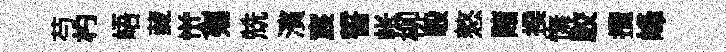
芍杓峿藏觉殤兟濱宸誓帐柳彀憗賭揆憮駮攬峰